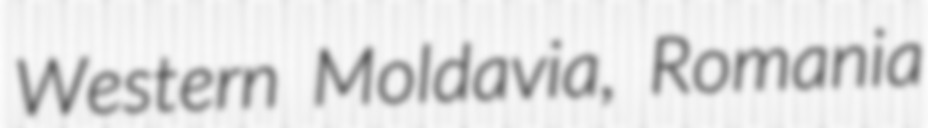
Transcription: Western Moldavia, Romania